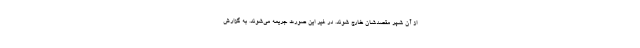
از آن شهر مقصدشان خارج شوند. در غیر این صورت جریمه می‌شوند. به گزارش